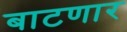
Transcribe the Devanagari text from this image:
बाटणार